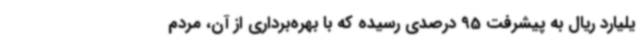
یلیارد ریال به پیشرفت 95 درصدی رسیده که با بهره‌برداری از آن، مردم